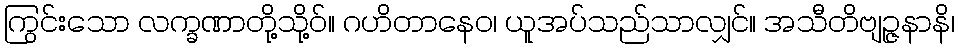
ကြွင်းသော လက္ခဏာတို့သို့ဝ်။ ဂဟိတာနေဝ၊ ယူအပ်သည်သာလျှင်။ အသီတိဗျဉ္ဇနာနိ၊